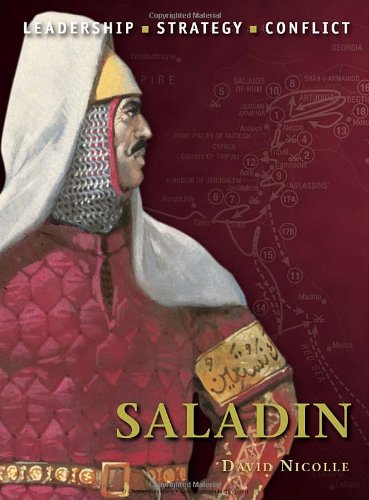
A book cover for Saladin: The background, strategies, tactics and battlefield experiences of the greatest commanders of history; David Nicolle; History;